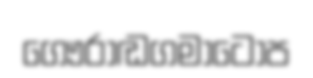
ගෞරාඬගමාටොප